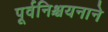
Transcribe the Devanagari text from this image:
पूर्वनिश्चयनाने